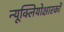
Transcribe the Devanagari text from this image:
न्यूक्लियोक्षारकों